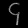
Digit: ၄